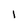
Character: i